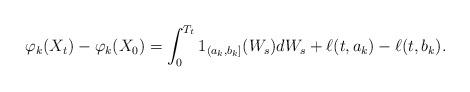
LaTeX: \begin{align*}\varphi_k(X_t)-\varphi_k(X_0)=\int_0^{T_t}1_{(a_k,b_k]}(W_s)dW_s + \ell(t,a_k)-\ell(t,b_k). \end{align*}